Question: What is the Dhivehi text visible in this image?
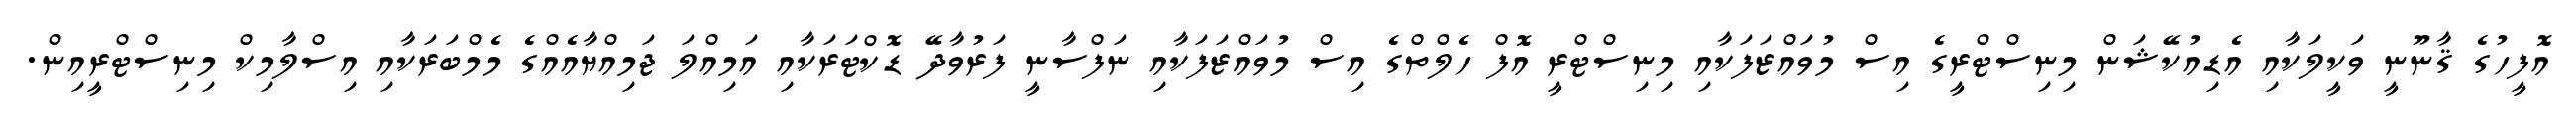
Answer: އޮފީހުގެ ޤާނޫނީ ވަކީލަކާއި އެޑިއުކޭޝަން މިނިސްޓްރީގެ އިސް މުވައްޒަފަކާއި މިނިސްޓްރީ އޮފް ހެލްތްގެ އިސް މުވައްޒަފަކާއި ނަފްސާނީ ފަރުވާދޭ ޑޮކްޓަރަކާއި އަމިއްލަ ޖަމިއްޔާއެއްގެ މެމްބަރަކާއި އިސްލާމިކް މިނިސްޓްރީއިން.